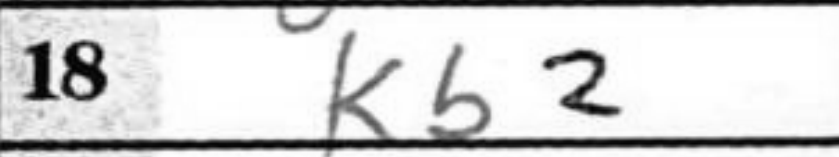
Transcription: Kb2